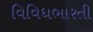
વિવિધભારતી